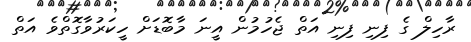
ރާހިލް ގެ ފިނި ފިނި އަތް ޖެހުމުން އީނަ މާބޮޑަށް ހީކަރުވާގޮތްވެ އަތް